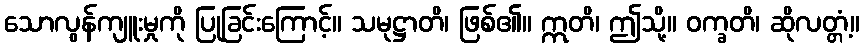
သောလွန်ကျူးမှုကို ပြုခြင်းကြောင့်။ သမုဋ္ဌာတိ၊ ဖြစ်၏။ ဣတိ၊ ဤသို့။ ဝက္ခတိ၊ ဆိုလတ္တံ့။